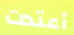
أعتدت